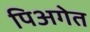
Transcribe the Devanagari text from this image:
पिअगेत